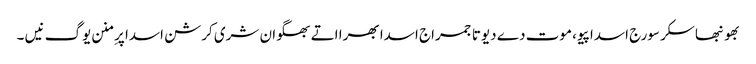
بھونبھاسکر سورج اسدا پیو، موت دے دیوتا جمراج اسدا بھرا اتے بھگوان شری کرشن اسدا پرِ منن یوگ نیں ۔